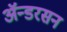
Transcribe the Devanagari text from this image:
ॲन्डरसन